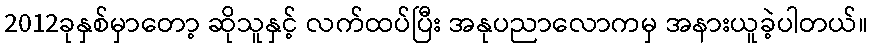
2012ခုနှစ်မှာတော့ ဆိုသူနှင့် လက်ထပ်ပြီး အနုပညာလောကမှ အနားယူခဲ့ပါတယ်။